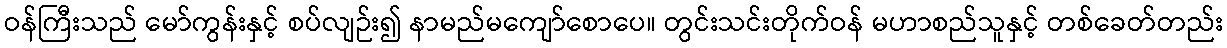
ဝန်ကြီးသည် မော်ကွန်းနှင့် စပ်လျဉ်း၍ နာမည်မကျော်စောပေ။ တွင်းသင်းတိုက်ဝန် မဟာစည်သူနှင့် တစ်ခေတ်တည်း